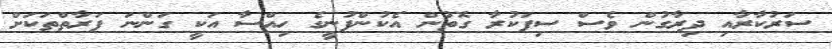
ސަރުކާރާއި ދިރާގުން ވެސް ސިފަކުރާ ގޮތުން އެކުންފުނީގެ ހިއްސާ އަކީ ގަންނަ ފަރާތްތަކަށް